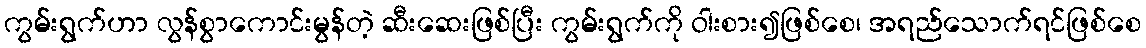
ကွမ်းရွက်ဟာ လွန်စွာကောင်းမွန်တဲ့ ဆီးဆေးဖြစ်ပြီး ကွမ်းရွက်ကို ဝါးစား၍ဖြစ်စေ၊ အရည်သောက်ရင်ဖြစ်စေ